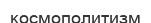
космополитизм